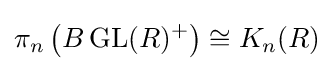
\pi _{n}\left(B\operatorname {GL} (R)^{+}\right)\cong K_{n}(R)